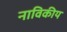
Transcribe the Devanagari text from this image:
नाविकीय